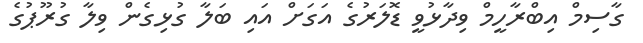
ގާސިމް އިބްރާހީމް ވިދާޅުވީ ޑޮލަރުގެ އަގަށް އައި ބަލާ ގުޅިގެން ވިލާ ގުރޫޕުގެ